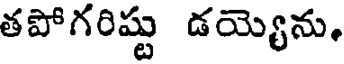
తపోగరిష్టు డయ్యెను,